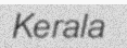
Kerala